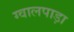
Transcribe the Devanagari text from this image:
ग्वालपाड़ा